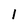
Character: l